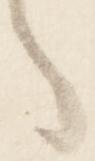
々